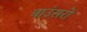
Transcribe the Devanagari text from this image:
बाउंसरों